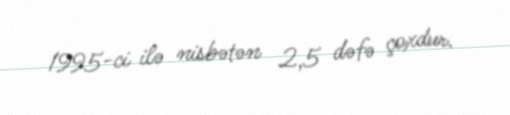
1995-ci ilə nisbətən 2,5 dəfə çoxdur.